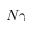
N \gamma